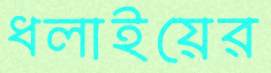
ধলাইয়ের